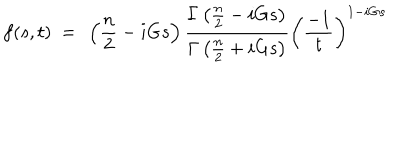
LaTeX: f ( s , t ) ~ = ~ \left( \frac { n } { 2 } - i G s \right) \frac { \Gamma \left( \frac { n } { 2 } - i G s \right) } { \Gamma \left( \frac { n } { 2 } + i G s \right) } \left( \frac { - 1 } { t } \right) ^ { 1 - i G s }